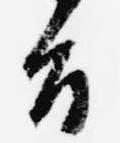
旨